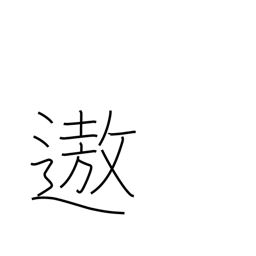
Meaning: enjoyment